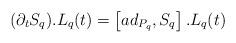
LaTeX: \begin{align*} (\partial_t S_q ).L_q(t) = \left[ ad_{P_q}, S_q\right] .L_q(t)\end{align*}